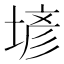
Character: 𡎑